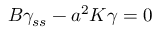
B \gamma _ { s s } - a ^ { 2 } K \gamma = 0